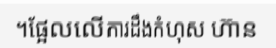
។ផ្អែលលើការដឹងកំហុស ហ៊ាន